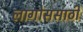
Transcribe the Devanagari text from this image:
लागोससाठी